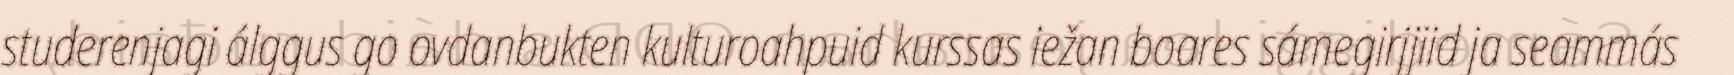
studerenjagi álggus go ovdanbukten kulturoahpuid kurssas iežan boares sámegirjjiid ja seammás